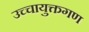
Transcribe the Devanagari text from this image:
उच्चायुक्तगण